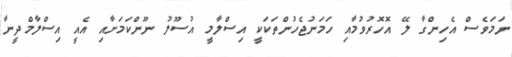
ނަމަވެސް އެހިންގާ ލޭ އޮހޮރުވުމާއި ހަމަނުޖެހުންތަކަކީ އިސްލާމީ އުސޫލު ނޫންކަމަށާއި އެއީ އިސްލާމްދީނާ